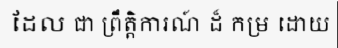
ដែល ជា ព្រឹត្តិការណ៍ ដ៏ កម្រ ដោយ